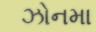
ઝોનમા